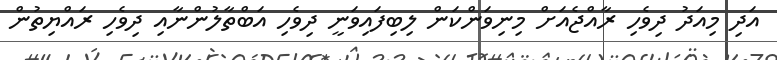
އަދި މިއަދު ދިވެހި ރާއްޖެއަށް މިނިވަންކަން ލިބިފައިވަނީ ދިވެހި އަބްތާލުންނާއި ދިވެހި ރައްޔިތުން